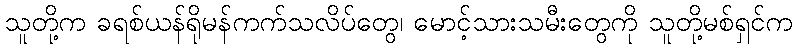
သူတို့က ခရစ်ယန်ရိုမန်ကက်သလိပ်တွေ၊ မောင့်သားသမီးတွေကို သူတို့မစ်ရှင်က